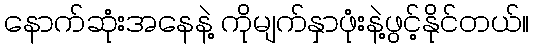
နောက်ဆုံးအနေနဲ့ ကိုမျက်နှာဖုံးနဲ့ဖွင့်နိုင်တယ်။